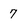
Character: 7